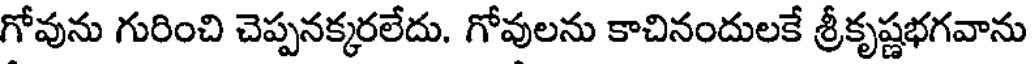
గోవును గురించి చెప్పనక్కరలేదు. గోవులను కాచినందులకే శ్రీకృష్ణభగవాను